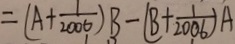
= ( A + \frac { 1 } { 2 0 0 6 } ) B - ( B + \frac { 1 } { 2 0 0 6 } ) A